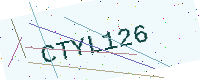
Text: CTYL126